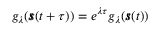
g _ { \lambda } ( \pmb { s } ( t + \tau ) ) = e ^ { \lambda \tau } g _ { \lambda } ( \pmb { s } ( t ) )